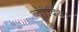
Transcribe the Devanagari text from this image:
कांदिया